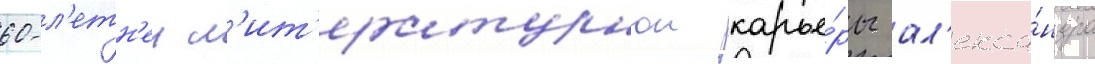
60-л'етн'еи л'ит'ературнои карье́ры ал'екса́ндра